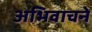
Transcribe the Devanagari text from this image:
अभिवाचने